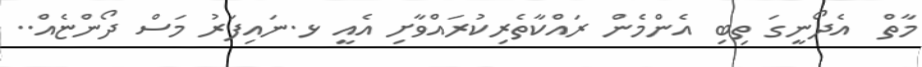
މާތް  އެދޯނީގަ ތިބި އެންމެން ރައްކާތެރިކުރައްވާށި އެއީ ޅ.ނައިފަރު މަސް ދޯންޏެއް..